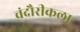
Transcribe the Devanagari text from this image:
चंदौरीकला